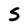
Character: S